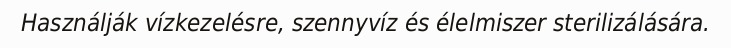
Használják vízkezelésre, szennyvíz és élelmiszer sterilizálására.